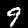
Digit: 9